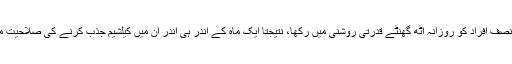
اس کمی سے ہڈیوں اور دانتوں کے امراض نے جنم لیا، بعد میں انہوں نے ان میں سے نصف افراد کو روزانہ آٹھ گھنٹے قدرتی روشنی میں رکھا، نتیجتاً ایک ماہ کے اندر ہی اندر ان میں کیلشیم جذب کرنے کی صلاحیت میں 15فیصد اضافہ ہوگیا، جبکہ باقی نصف میں یہ صلاحیت 25فیصد مزید کم ہوگئی ۔